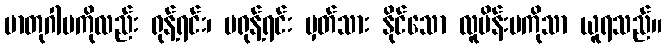
မာတုဂါမကိုလည်း ရုန့်ရင်း၊ မရုန့်ရင်း မှတ်သား နိုင်သော လူမိန်းမကိုသာ ယူရသည်။